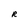
Character: R